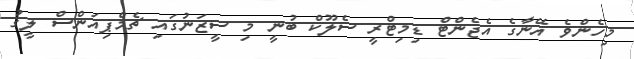
މިހެންވެ އޭނާގެ އެޖެންޓް ޑިމިޓްރީ ސެލޫކް ބުނީ މި ސީޒަނުގައި ޗެމްޕިއަންސް ލީގު